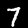
Label: 7